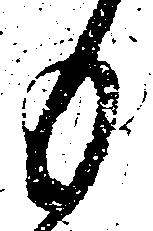
も